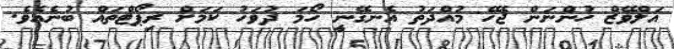
އަލްވޭޒް ހުންނަން ޖެހޭ މުއްދަތު އެނގޭނީ ހޯމަ ދުވަހު ކަމަށް ރިޕޯޓްތައް ބުނެއެވެ.